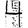
Digit: 4